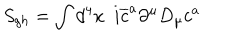
S _ { g h } = \int d ^ { 4 } x \, \, \, i \overline { { { c } } } ^ { a } \partial ^ { \mu } D _ { \mu } c ^ { a }